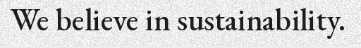
We believe in sustainability.